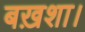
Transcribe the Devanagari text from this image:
बख़शा।